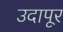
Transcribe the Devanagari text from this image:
उदापूर